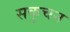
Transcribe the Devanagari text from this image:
सकुचन